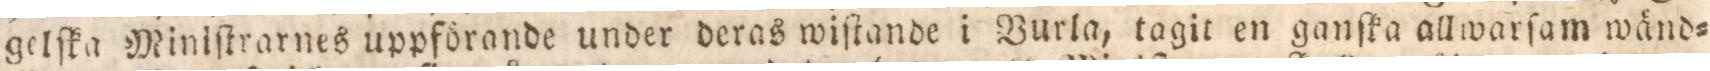
gelſka Miniſtrarnes uppförande under deras wiſtande i Burla, tagit en ganſka allwarſam wänd=